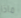
ماذا